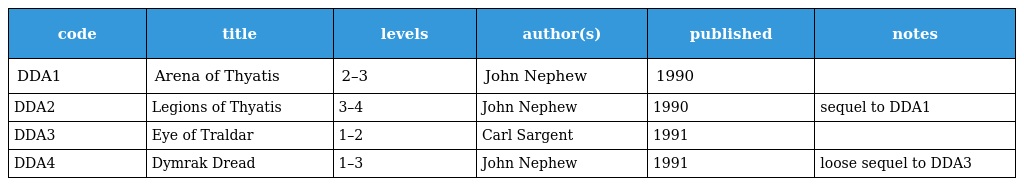
| code | title | levels | author(s) | published | notes |
 | --- | --- | --- | --- | --- | --- |
 | DDA1 | Arena of Thyatis | 2–3 | John Nephew | 1990 |  |
 | DDA2 | Legions of Thyatis | 3–4 | John Nephew | 1990 | sequel to DDA1 |
 | DDA3 | Eye of Traldar | 1–2 | Carl Sargent | 1991 |  |
 | DDA4 | Dymrak Dread | 1–3 | John Nephew | 1991 | loose sequel to DDA3 |